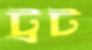
ট্রট